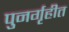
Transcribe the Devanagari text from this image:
पुनर्गृहीत